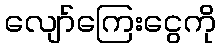
လျော်ကြေးငွေကို